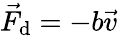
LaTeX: {\vec{F}}_{\mathrm{d}}=-b{\vec{v}}